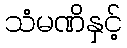
သံမဏိနှင့်